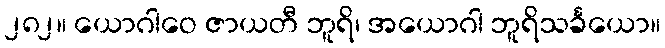
၂၈၂။ ယောဂါဝေ ဇာယတီ ဘူရိ၊ အယောဂါ ဘူရိသင်္ခယော။